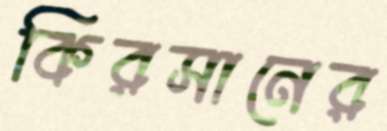
কিরসানের